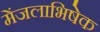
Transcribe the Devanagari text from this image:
मेंजलाभिषेक